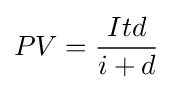
PV={\frac {Itd}{i+d}}